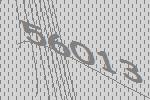
56013